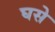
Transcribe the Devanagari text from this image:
घसे